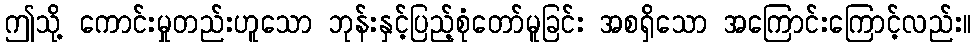
ဤသို့ ကောင်းမှုတည်းဟူသော ဘုန်းနှင့်ပြည့်စုံတော်မူခြင်း အစရှိသော အကြောင်းကြောင့်လည်း။